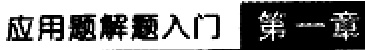
应用题解题入门 第一章